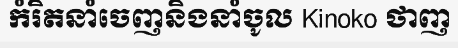
កំរិតនាំចេញនិងនាំចូល Kinoko ថាញ